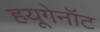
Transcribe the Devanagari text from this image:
हयूगेनॉट